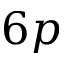
6 p